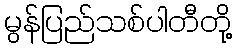
မွန်ပြည်သစ်ပါတီတို့